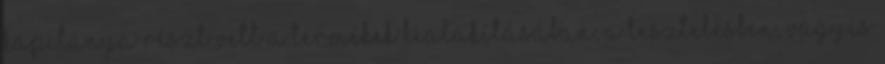
kapitánya részt vett a termékek kialakításában, a tesztelésben, vagyis